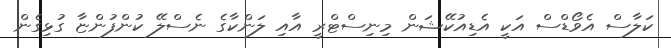
ކަލާސް އެވޯޑްސް އަކީ އެޑިއުކޭޝަން މިނިސްޓްރީ އާއި ލަންކާގެ ނެސްލޭ ކުންފުންޏާ ގުޅިގެން